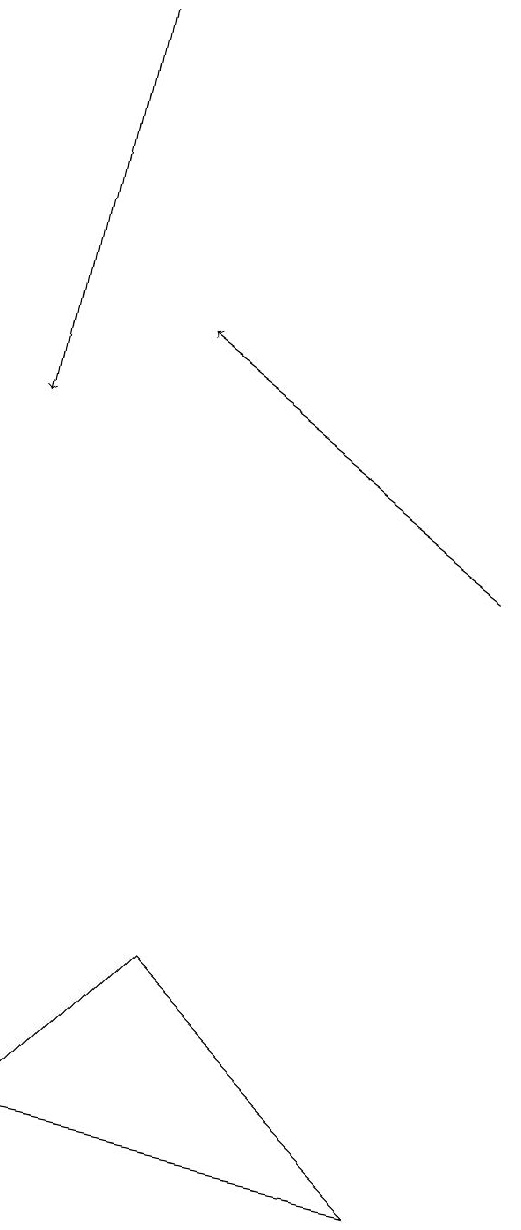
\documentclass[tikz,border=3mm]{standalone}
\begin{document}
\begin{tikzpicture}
\draw[->] (4,19) -- (3,14);
\draw[->] (9,12) -- (5,15);
\draw (8,4) -- (5,7) -- (3,5) -- cycle;
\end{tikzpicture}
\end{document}